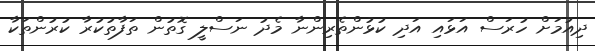
ދިއުމަށް ހުރަސް އަޅައި އަދި ކުޅުންތެރިންނާ މެދު ނަސްލީ ގޮތުން ތަފާތުކުރާ ކުރުންތަކާ